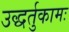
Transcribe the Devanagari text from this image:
उद्धर्तुकामः